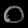
Digit: ၀